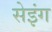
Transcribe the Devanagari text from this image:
सेइंग